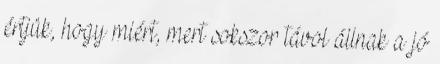
értjük, hogy miért, mert sokszor távol állnak a jó